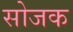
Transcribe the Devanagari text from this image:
सोजक